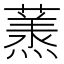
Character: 𮑶